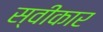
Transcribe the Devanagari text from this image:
स्वीकार